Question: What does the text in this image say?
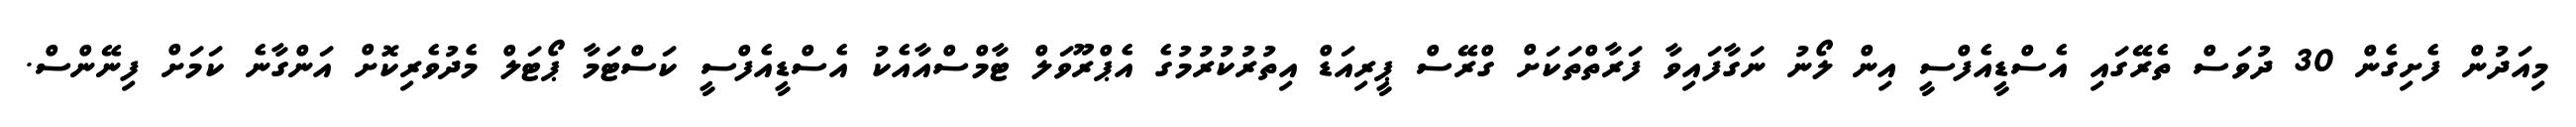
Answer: މިއަދުން ފެށިގެން 30 ދުވަސް ތެރޭގައި އެސްޑީއެފްސީ އިން ލޯނު ނަގާފައިވާ ފަރާތްތަކަށް ގްރޭސް ޕީރިއަޑް އިތުރުކުރުމުގެ އެޕްރޫވަލް ޓާމްސްއާއެކު އެސްޑީއެފްސީ ކަސްޓަމާ ޕޯޓަލް މެދުވެރިކޮށް އަންގާނެ ކަމަށް ފިނޭންސް.